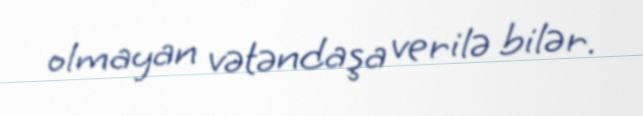
olmayan vətəndaşa verilə bilər.